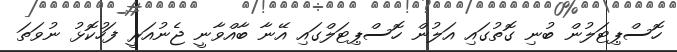
ހޮސްޕިޓަލުން ބުނި ގޮތުގައި އަލުން ހޮސްޕިޓަލްގައި އޭނާ ބާއްވާނީ ޖެނުއަރީ ފަހުކޮޅު ނުވަތަ